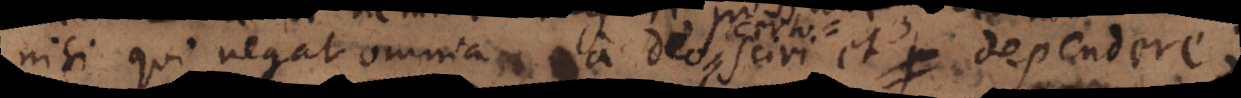
nisi qui negat omnia a Deo sciri et depende